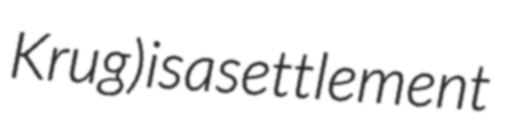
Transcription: Krug) is a settlement